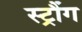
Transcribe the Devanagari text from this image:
स्ट्रौंग